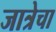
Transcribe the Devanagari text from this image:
जात्रेचा